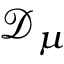
\mathbf { \mathcal { D } } _ { \mu }